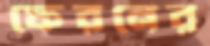
ফেরনের